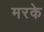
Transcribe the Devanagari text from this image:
मरके